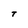
Character: t